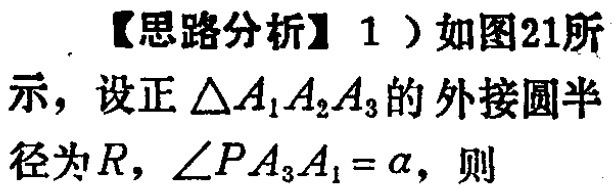
【思路分析】1）如图21所示，设正\(\triangle A_{1}A_{2}A_{3}\)的外接圆半径为\(R\)，\(\angle PA_{3}A_{1}=\alpha\)，则